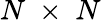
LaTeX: N\; \times\; N